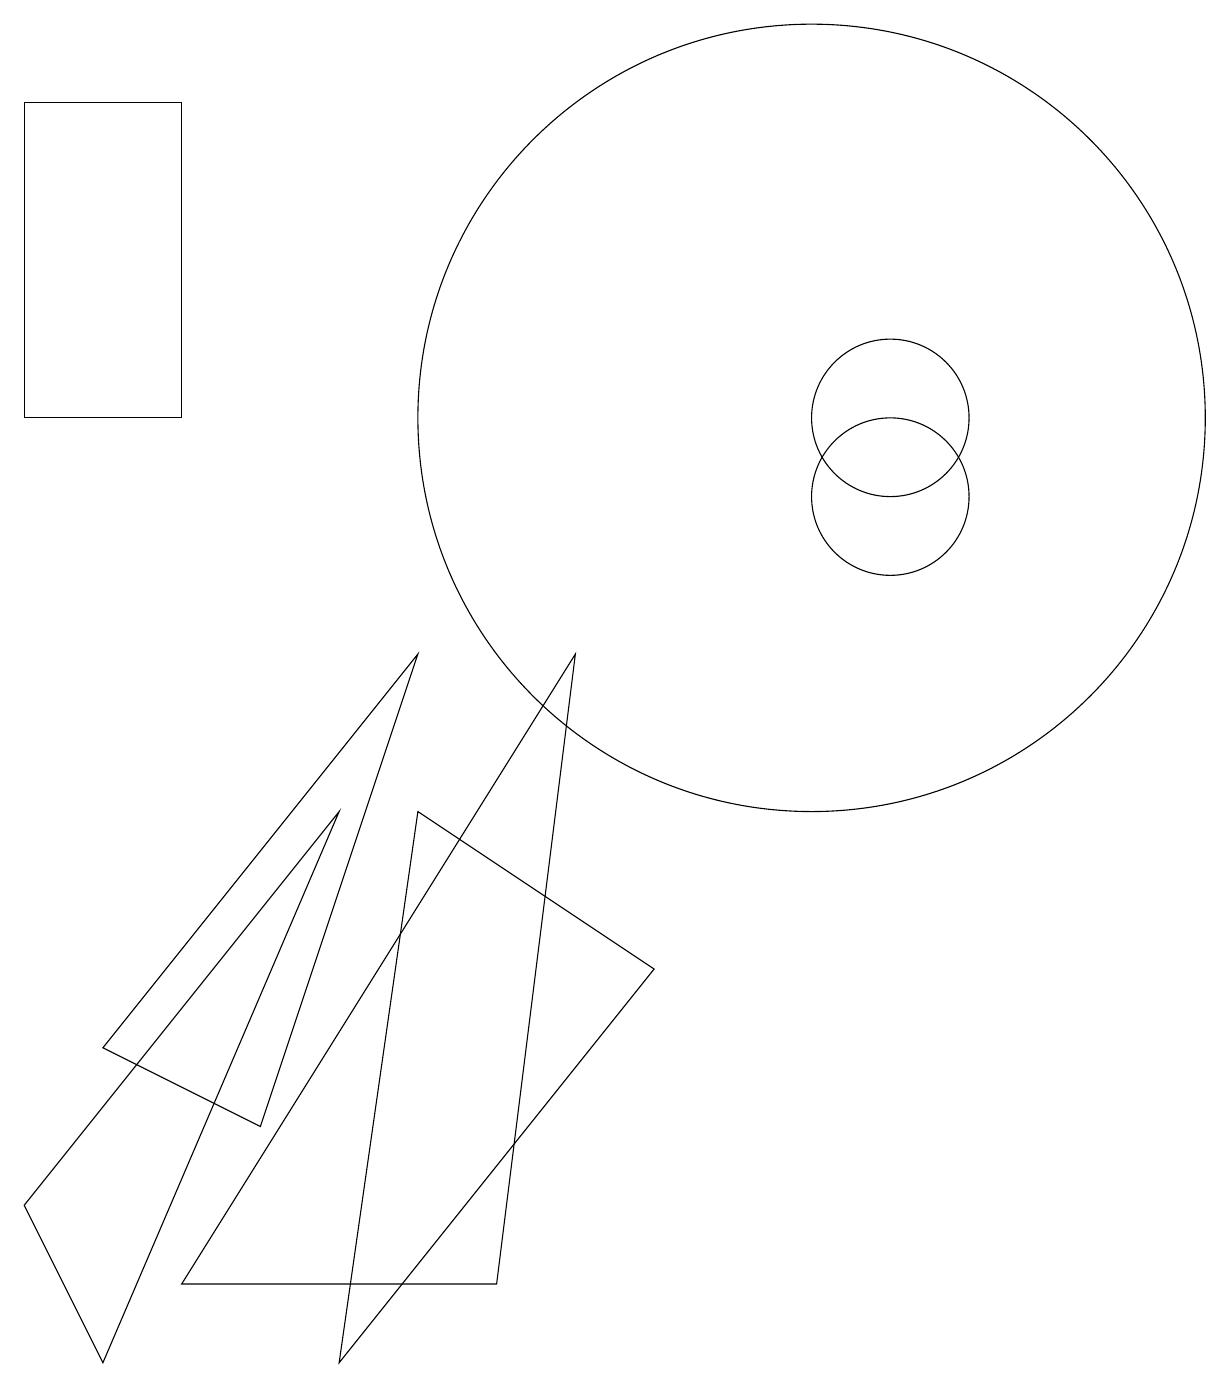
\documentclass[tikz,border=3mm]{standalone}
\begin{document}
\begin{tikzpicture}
\draw (6,1) -- (7,9) -- (2,1) -- cycle;
\draw (11,12) circle (1);
\draw (1,4) -- (5,9) -- (3,3) -- cycle;
\draw (4,7) -- (0,2) -- (1,0) -- cycle;
\draw (11,11) circle (1);
\draw (0,12) rectangle (2,16);
\draw (4,0) -- (8,5) -- (5,7) -- cycle;
\draw (10,12) circle (5);
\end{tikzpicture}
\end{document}